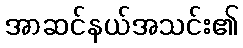
အာဆင်နယ်အသင်း၏